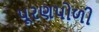
પૂરણપોળી